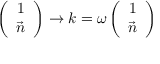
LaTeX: \left( \begin{array} { c } { { 1 } } \\ { { \vec { n } } } \end{array} \right) \rightarrow k = \omega \left( \begin{array} { c } { { 1 } } \\ { { \vec { n } } } \end{array} \right)